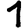
Digit: 1